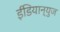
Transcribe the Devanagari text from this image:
ईंडियान्युज